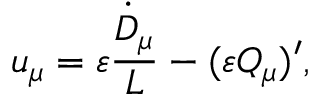
u _ { \mu } = \varepsilon \frac { \dot { D } _ { \mu } } { { \cal L } } - ( \varepsilon Q _ { \mu } ) ^ { \prime } ,